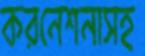
করনেশনাসহ